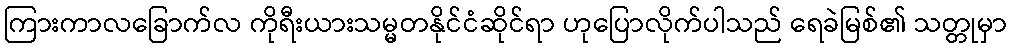
ကြားကာလခြောက်လ ကိုရီးယားသမ္မတနိုင်ငံဆိုင်ရာ ဟုပြောလိုက်ပါသည် ရေခဲမြစ်၏ သတ္တုမှာ